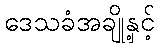
ဒေသခံအချို့နှင့်